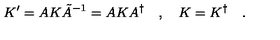
K ^ { \prime } = A K \tilde { A } ^ { - 1 } = A K A ^ { \dagger } \quad , \quad K = K ^ { \dagger } \quad .